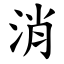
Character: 消